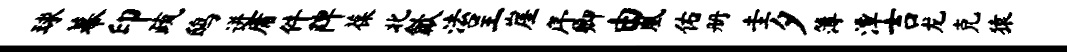
球幕印疏鸱迸庸件陴葆北歙法呈崖序卿由凰佑册圭夕簿潭吉龙克猿